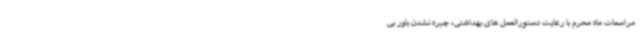
مراسمات ماه محرم با رعایت دستورالعمل های بهداشتی، چیره نشدن باور بی